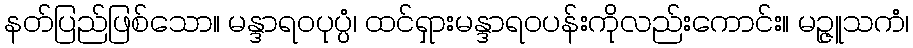
နတ်ပြည်ဖြစ်သော။ မန္ဒာရဝပုပ္ပံ၊ ထင်ရှားမန္ဒာရဝပန်းကိုလည်းကောင်း။ မဉ္ဇူသကံ၊